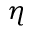
\eta